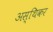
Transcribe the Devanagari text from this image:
अस्थिकर